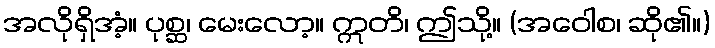
အလိုရှိအံ့။ ပုစ္ဆ၊ မေးလော့။ ဣတိ၊ ဤသို့။ (အဝေါစ၊ ဆို၏။)